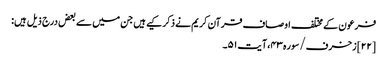
فرعون کے مختلف اوصاف قرآن کریم نے ذکر کیے ہیں جن میں سے بعض درج ذیل ہیں:
[۲۲] زخرف/سوره۴۳، آیت ۵۱۔